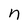
Character: n